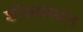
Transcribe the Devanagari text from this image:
शीतमरुस्थल